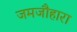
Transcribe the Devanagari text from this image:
जमजौहारा